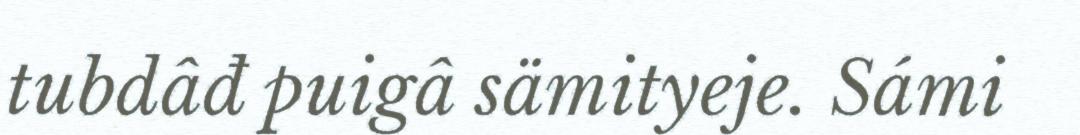
tubdâđ puigâ sämityeje. Sámi